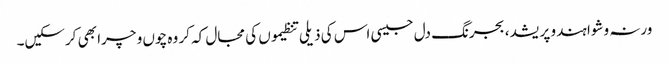
ورنہ وشوا ہندو پریشد، بجرنگ دل جیسی اس کی ذیلی تنظیموں کی مجال کہ کر وہ چوں و چرا بھی کرسکیں۔